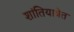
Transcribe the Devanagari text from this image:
शांतियात्रेत